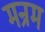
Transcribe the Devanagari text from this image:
मन्रम